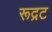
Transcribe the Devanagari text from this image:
रूद्रट